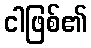
ငါဖြစ်၏